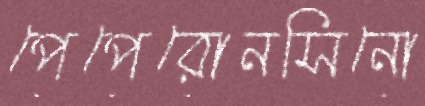
পেপেরোনসিনো